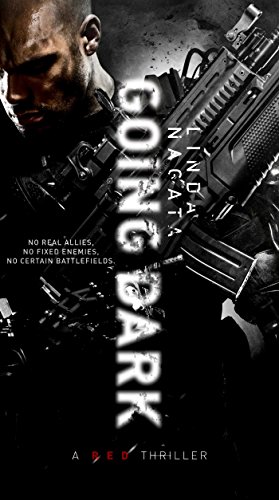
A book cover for Going Dark (The Red Trilogy); Linda Nagata; Mystery, Thriller & Suspense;